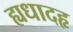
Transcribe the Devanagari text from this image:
ह्यधादहृ